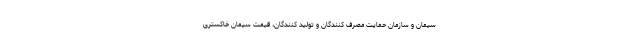
سیمان و سازمان حمایت مصرف کنندگان و تولید کنندگان، قیمت سیمان خاکستری